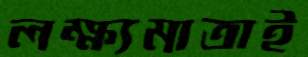
লক্ষ্যমাত্রাই